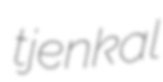
tjenkal